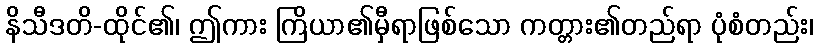
နိသီဒတိ-ထိုင်၏၊ ဤကား ကြိယာ၏မှီရာဖြစ်သော ကတ္တား၏တည်ရာ ပုံစံတည်း၊